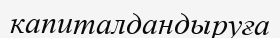
капиталдандыруға